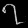
Digit: ၇